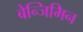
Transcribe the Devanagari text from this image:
बेन्जिमिन